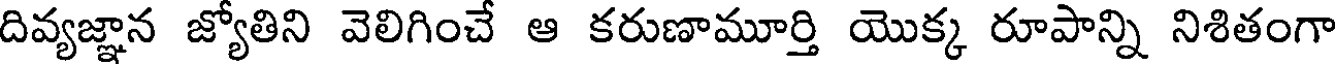
దివ్యజ్ఞాన జ్యోతిని వెలిగించే ఆ కరుణామూర్తి యొక్క రూపాన్ని నిశితంగా